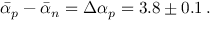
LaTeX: \bar { \alpha } _ { p } - \bar { \alpha } _ { n } = \Delta \alpha _ { p } = 3 . 8 \pm 0 . 1 \, .